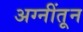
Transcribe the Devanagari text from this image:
अग्नींतून